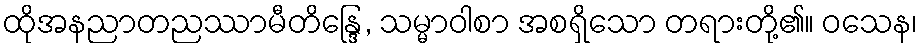
ထိုအနညာတညဿာမီတိန္ဒြေ, သမ္မာဝါစာ အစရှိသော တရားတို့၏။ ဝသေန၊